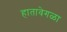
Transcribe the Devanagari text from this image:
हातावेगळा